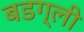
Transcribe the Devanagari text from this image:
बडग्ली